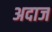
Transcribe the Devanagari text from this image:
अदाज